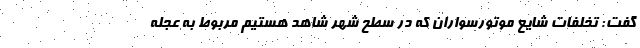
گفت: تخلفات شایع موتورسواران که در سطح شهر شاهد هستیم مربوط به عجله